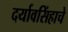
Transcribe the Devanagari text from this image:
दर्यावसिंहाचे